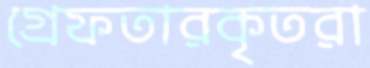
গ্রেফতারকৃতরা